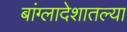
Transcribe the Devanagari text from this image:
बांग्लादेशातल्या